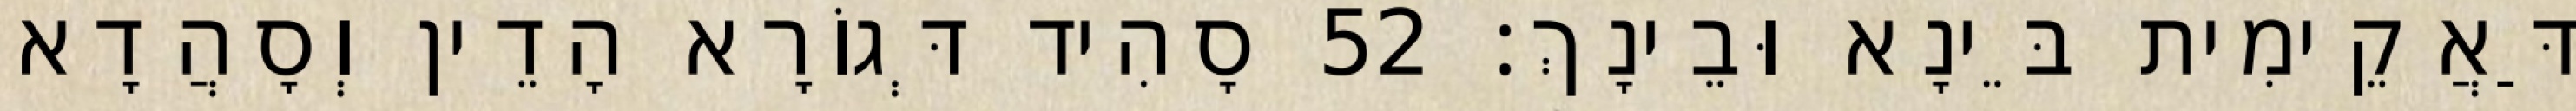
דַּאֲקֵימִית בֵּינָא וּבֵינָךְ׃ 52 סָהִיד דְּגוֹרָא הָדֵין וְסָהֲדָא